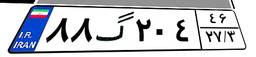
۸۸گ۲۰۴۴۶